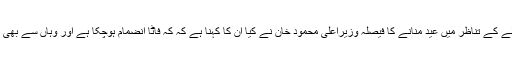
صوبائی وزیر اطلاعات شوکت یوسفزئی کا کہنا ہے کہ صوبے بھر سے شہادتیں موصول ہونے کے فیصلے کے تناظر میں عید منانے کا فیصلہ وزیراعلی محمود خان نے کیا ان کا کہنا ہے کہ کہ فاٹا انضمام ہوچکا ہے اور وہاں سے بھی کافی شہادتیں مل چکی ہیں لہٰذا صوبے کے عوام کے ساتھ اظہار یکجہتی کے لیے آج عید منائی جائے گی۔